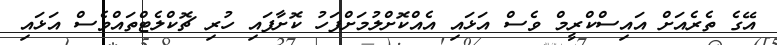
އޭގެ ތެރެއަށް އައިސްކްރީމް ވެސް އަޅައި އެއްކޮށްލުމަށްފަހު ކޮށާފައި ހުރި ޗޮކްލެޓްތައްވެސް އަޅައި